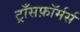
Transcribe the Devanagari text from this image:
ट्राँसफ़ॉर्मर्स